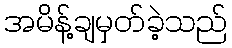
အမိန့်ချမှတ်ခဲ့သည်